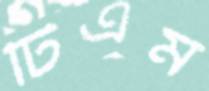
টিএম